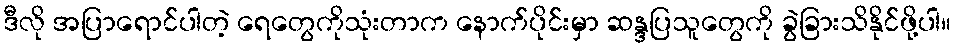
ဒီလို အပြာရောင်ပါတဲ့ ရေတွေကိုသုံးတာက နောက်ပိုင်းမှာ ဆန္ဒပြသူတွေကို ခွဲခြားသိနိုင်ဖို့ပါ။